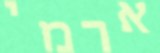
ארמי